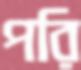
পরি